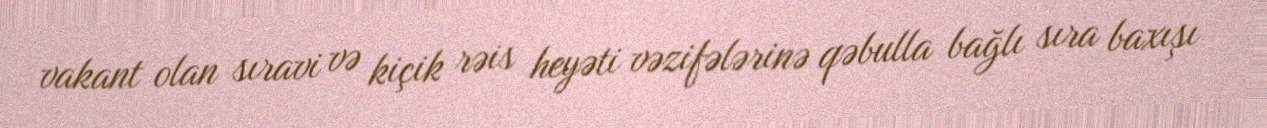
vakant olan sıravi və kiçik rəis heyəti vəzifələrinə qəbulla bağlı sıra baxışı